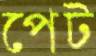
পেট